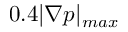
0 . 4 | \boldsymbol { \nabla } p | _ { m a x }